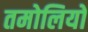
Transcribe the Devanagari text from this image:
तमोलियों